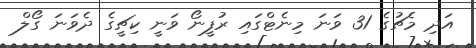
އަދި މެޗުގެ 31 ވަނަ މިނެޓްގައި ރުފީނޯ ވަނީ ކިޗީގެ ދެވަނަ ގޯލް